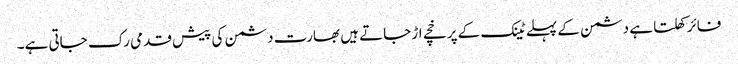
فائر کھلتا ہے دشمن کے پہلے ٹینک کے پرخچے اڑ جاتے ہیں بھارت دشمن کی پیش قدمی رک جاتی ہے۔